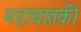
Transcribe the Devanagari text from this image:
महाघातकी